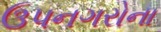
ઉપનગરોના